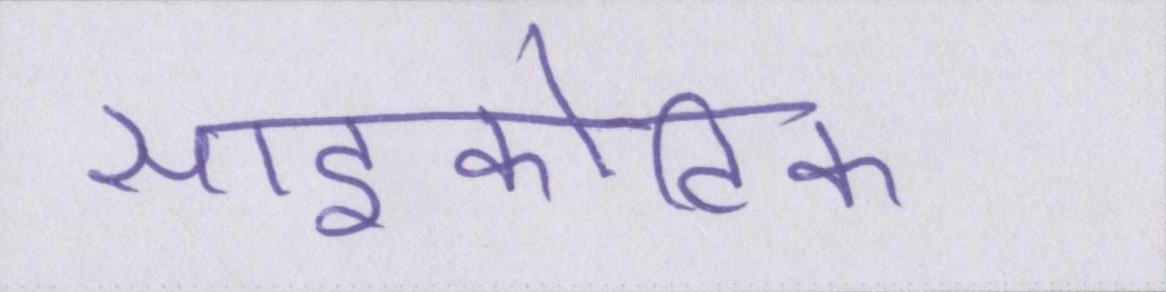
साइकोटिक